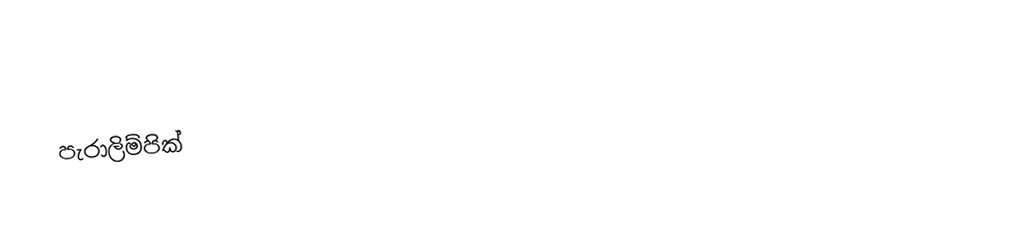
පැරාලිම්පික්